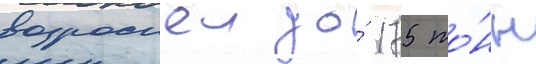
возросшеи до́ 175 то́нн